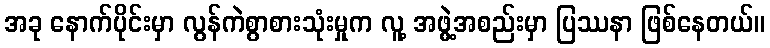
အခု နောက်ပိုင်းမှာ လွန်ကဲစွာစားသုံးမှုက လူ့ အဖွဲ့အစည်းမှာ ပြဿနာ ဖြစ်နေတယ်။